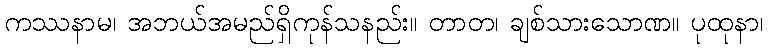
ကဿနာမ၊ အဘယ်အမည်ရှိကုန်သနည်း။ တာတ၊ ချစ်သားသောဏ။ ပုထုနာ၊